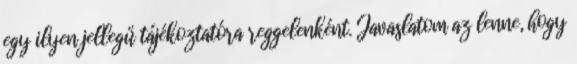
egy ilyen jellegű tájékoztatóra reggelenként. Javaslatom az lenne, hogy